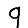
Digit: 9